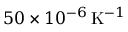
5 0 \times 1 0 ^ { - 6 } \, \mathrm { K } ^ { - 1 }